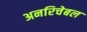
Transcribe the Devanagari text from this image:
अनरिचेबल